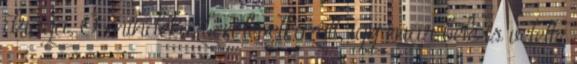
drága. Ő mindeközben levetkőzött, így már bele is vetette